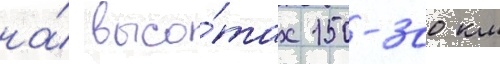
на́ высо́тах 150-300 км